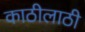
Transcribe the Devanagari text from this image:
काठीलाठी